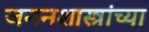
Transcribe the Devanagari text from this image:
जननशास्त्रांच्या